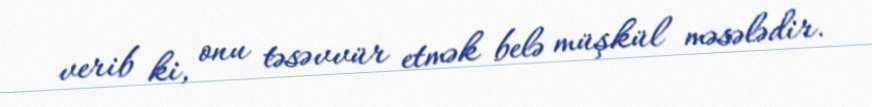
verib ki, onu təsəvvür etmək belə müşkül məsələdir.